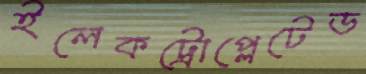
ইলেকট্রোপ্লেটেড